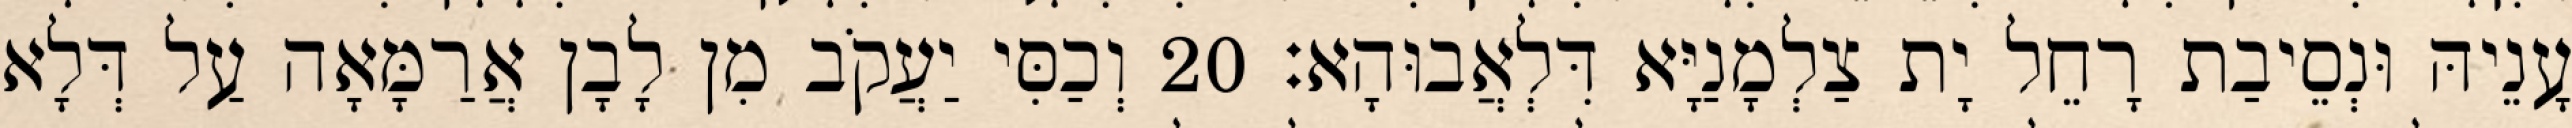
עָנֵיהּ וּנְסֵיבַת רָחֵל יָת צַלְמָנַיָּא דִּלְאֲבוּהָא׃ 20 וְכַסִּי יַעֲקֹב מִן לָבָן אֲרַמָּאָה עַל דְּלָא